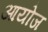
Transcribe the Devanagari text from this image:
आयोज